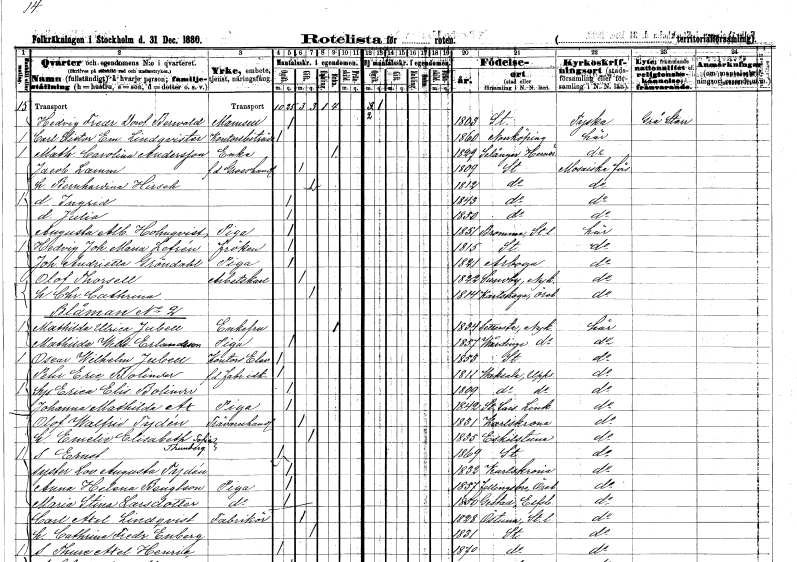
gt_parse: households: individuals: FN: Hedvig Fredrika Dorothea
EN: Berwald
KON: K
CIV: O
FODAR: 1803
FODFORS: Stockholm
FN: Carl Victor Em.
EN: Lindqvister
YRKE: Kontorsbiträde
KON: M
CIV: O
FODAR: 1860
FODFORS: Norrköping Östergötlands län
FN: Mathilda Carolina
EN: Andersson
YRKE: Änka
KON: K
CIV: E
FODAR: 1829
FODFORS: Selånger Västernorrlands län
FN: Jacob
EN: Lamm
YRKE: Grosshandlare f.d.
KON: M
CIV: G
FODAR: 1809
FODFORS: Stockholm
FN: Bernhardina
EN: Hirsch
KON: K
CIV: G
FODAR: 1812
FODFORS: Stockholm
FN: Ingrid
KON: K
CIV: O
FODAR: 1843
FODFORS: Stockholm
FN: Julia
KON: K
CIV: O
FODAR: 1850
FODFORS: Stockholm
FN: Augusta Albertina
EN: Holmqvist
YRKE: Piga
KON: K
CIV: O
FODAR: 1851
FODFORS: Bromma Stockholms län
FN: Hedvig Johanna Maria
EN: Lefrén
KON: K
CIV: O
FODAR: 1815
FODFORS: Stockholm
FN: Johanna Andrietta
EN: Gröndahl
YRKE: Piga
KON: K
CIV: O
FODAR: 1821
FODFORS: Arboga Västmanlands län
FN: Olof
EN: Thorsell
YRKE: Arbetskarl
KON: M
CIV: G
FODAR: 1822
FODFORS: Sundby Södermanlands län
FN: Christina Cathrina
KON: K
CIV: G
FODAR: 1814
FODFORS: Karlskoga Örebro län
FN: Mathilda Ulrica
EN: Jubell
KON: K
CIV: E
FODAR: 1834
FODFORS: Sättersta Södermanlands län
FN: Mathilda Wilhelmina
EN: Erlandsson
YRKE: Piga
KON: K
CIV: O
FODAR: 1857
FODFORS: Vårdinge Stockholms län
FN: Oscar Wilhelm
EN: Jubell
YRKE: Kontorselev
KON: M
CIV: O
FODAR: 1853
FODFORS: Stockholm
FN: Pehr Eric
EN: Bolinder
YRKE: Fabriksidkare f.d.
KON: M
CIV: O
FODAR: 1811
FODFORS: Vaksala Uppsala län
FN: Erica Elisabet
EN: Bolinder
KON: K
CIV: O
FODAR: 1809
FODFORS: Vaksala Uppsala län
FN: Johanna Mathilda
EN: Ax
YRKE: Piga
KON: K
CIV: O
FODAR: 1842
FODFORS: Sankt Lars Linköping Östergötlands län
FN: Olof Walfrid
EN: Tydén
YRKE: Trävaruhandlare
KON: M
CIV: G
FODAR: 1831
FODFORS: Karlskrona Blekinge län
FN: Emelie Elisabeth Sofia
EN: Thunberg
KON: K
CIV: G
FODAR: 1835
FODFORS: Eskilstuna Södermanlands län
FN: Ernst
KON: M
CIV: O
FODAR: 1869
FODFORS: Stockholm
FN: Lovisa Augusta
EN: Tydén
KON: K
CIV: O
FODAR: 1832
FODFORS: Karlskrona Blekinge län
FN: Anna Helena
EN: Bengtson
YRKE: Piga
KON: K
CIV: O
FODAR: 1857
FODFORS: Fellingsbro Örebro län
FN: Maria Stina
EN: Larsdotter
YRKE: Piga
KON: K
CIV: O
FODAR: 1850
FODFORS: Gestad Älvsborgs län
FN: Carl Axel
EN: Lindqvist
YRKE: Fabrikör
KON: M
CIV: G
FODAR: 1828
FODFORS: Östuna Uppsala län
FN: Cathrina Fredrika
EN: Enberg
KON: K
CIV: G
FODAR: 1831
FODFORS: Stockholm
FN: Thure Axel Henric
KON: M
CIV: O
FODAR: 1870
FODFORS: Stockholm